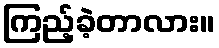
ကြည့်ခဲ့တာလား။